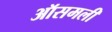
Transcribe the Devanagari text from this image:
ऑसमली